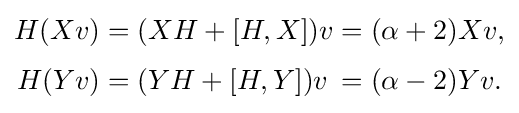
{\begin{alignedat}{5}H(Xv)&=(XH+[H,X])v&&=(\alpha +2)Xv,\\[3pt]H(Yv)&=(YH+[H,Y])v&&=(\alpha -2)Yv.\end{alignedat}}